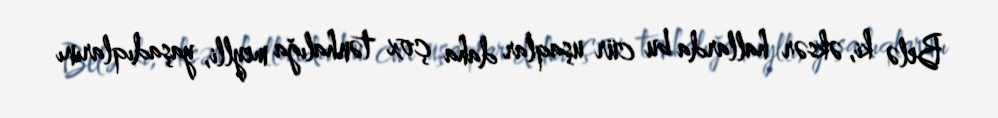
Belə ki, əksər hallarda bu cür uşaqlar daha çox tənhalığa meylli, yaşadıqlarını